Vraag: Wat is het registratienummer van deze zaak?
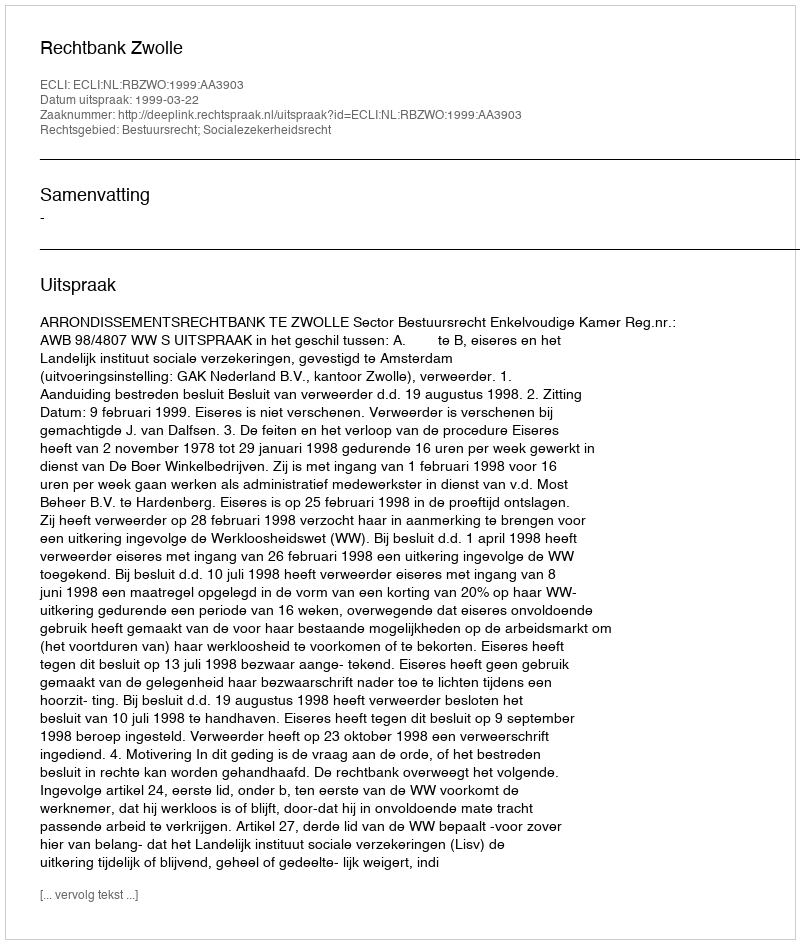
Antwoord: http://deeplink.rechtspraak.nl/uitspraak?id=ECLI:NL:RBZWO:1999:AA3903